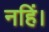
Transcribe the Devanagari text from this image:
नहिं।